Lunatic asylums Punjab 1911-1921 - 1911-1921
Year: 1911
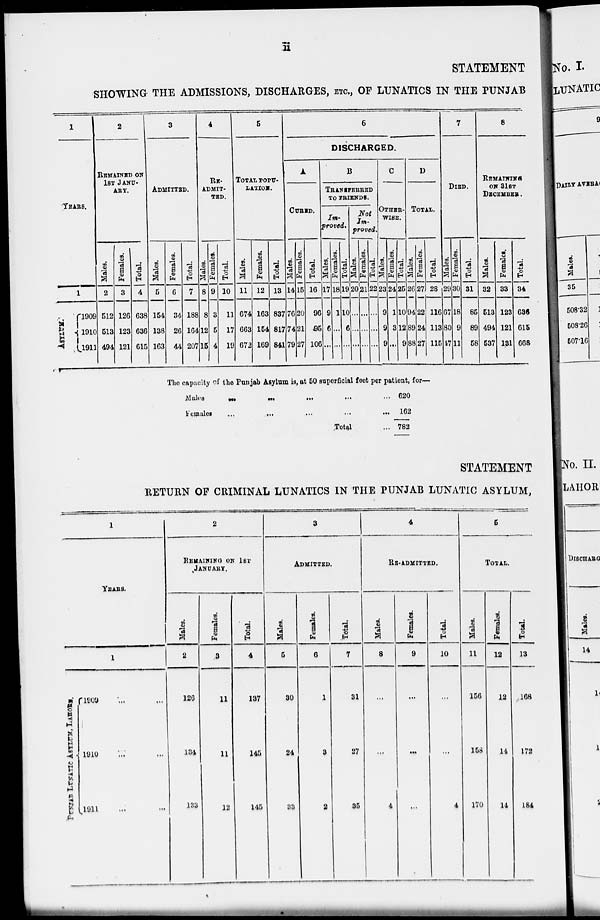
ii
STATEMENT
SHOWING THE ADMISSIONS, DISCHARGES, ETC., OF LUNATICS IN THE PUNJAB
1
YEARS.
1
ASYLUM
1909
1910
1911
2
REMAINED ON
1ST JANU-
ARY.
Males.
2
512
513
494
Females.
3
126
123
121
Total.
4
638
636
615
3
ADMITTED.
Males.
5
154
138
163
Females.
6
34
26
44
Total.
7
188
164
207
4
ADMIT-
TED.
Males.
8
8
12
15
Females.
9
3
5
4
Total.
10
11
17
19
5
TOTAL POPU-
LATION.
Males.
11
674
663
672
Females.
12
163
154
169
Total.
13
837
817
841
6
DISCHARGED.
A
CURED.
Males.
14
76
74
79
Females.
15
20
21
27
Total.
16
96
95
106
B
TRANIPKERED
TO FRIENDS.
Im-
proved,
Males.
17
9
6
...
Females.
18
1
...
...
Total.
19
10
6
...
Not
Im-
proved.
Males.
20
...
...
...
Females.
21
...
...
...
Total.
22
...
...
...
C
OTHER-
----.
Males.
23
9
9
9
Females.
24
1
3
...
Total.
25
10
12
9
D
TOTAL.
Males.
26
94
89
88
Females.
27
22
24
27
Total.
28
116
113
115
7
DIED.
Males.
29
67
80
17
Females.
30
18
9
11
Total.
31
85
89
58
8
REMAINING
3lST
DECEMBER .
Males.
32
513
494
537
Females.
33
123
121
131
Total.
34
636
615
668
The capacity of the Punjab Asylum is, at 50 superficial feet per patient, for-
Males ... ... ... ... ...
Females
...
...
...
...
...
Total ...
620
162
782
STATEMENT
RETURN OF CRIMINAL LUNATICS IN THE PUNJAB LUNATIC ASYLUM,
1
YEARS.
1
PUNJAB LUNATIC ASYLUM,
LAHORE.
1909
1910
1911
2
REMAINING ON 1ST
JANUARY.
Males.
2
126
134
133
Females.
3
11
11
12
Total.
4
137
145
145
3
ADMITTED.
Males.
5
30
24
33
Females.
6
1
3
2
Total.
7
31
27
35
4
RE-ADMITTED.
Males.
8
...
...
4
Females.
9
...
...
...
Total.
10
...
...
4
5
TOTAL.
Males.
11
156
158
170
Females.
12
12
14
14
Total.
13
168
172
184